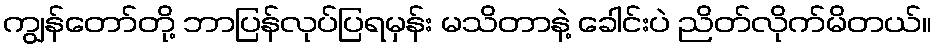
ကျွန်တော်တို့ ဘာပြန်လုပ်ပြရမှန်း မသိတာနဲ့ ခေါင်းပဲ ညိတ်လိုက်မိတယ်။